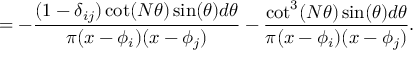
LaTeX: = - \frac { ( 1 - \delta _ { i j } ) \cot ( N \theta ) \sin ( \theta ) d \theta } { \pi ( x - \phi _ { i } ) ( x - \phi _ { j } ) } - \frac { \cot ^ { 3 } ( N \theta ) \sin ( \theta ) d \theta } { \pi ( x - \phi _ { i } ) ( x - \phi _ { j } ) } .